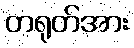
တရုတ်အား